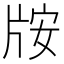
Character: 𱭛